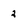
Character: 2